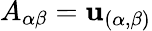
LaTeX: A_{\alpha\beta}=\mathbf{u}_{(\alpha,\beta)}